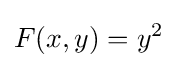
F(x,y)=y^{2}